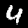
Label: 4